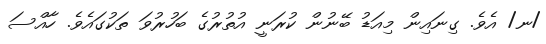
/ނ/ އެވެ. ގިނައިން މިއަޑު ބޭނުން ކުރަނީ އުތުރުގެ ބަހުރުވަ ތަކުގައެވެ. ހާއްސަ